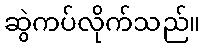
ဆွဲကပ်လိုက်သည်။